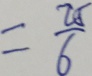
= \frac { 2 5 } { 6 }